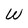
Character: W